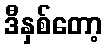
ဒီနှစ်တော့